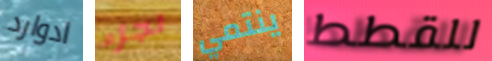
ادوارد لجزء ينتمي للقطط